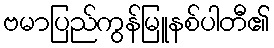
ဗမာပြည်ကွန်မြူနစ်ပါတီ၏